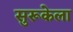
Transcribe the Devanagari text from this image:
सुरूकेला